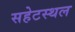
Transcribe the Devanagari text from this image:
सहेटस्थल